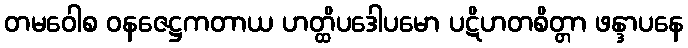
တမဝေါစ ဝနဇေဋ္ဌကတာယ ဟတ္ထိပဒေါပမော ပဋိဟတစိတ္တာ ဖန္ဒာပနေ